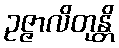
ဥဇ္ဇာလိတုန္တိ